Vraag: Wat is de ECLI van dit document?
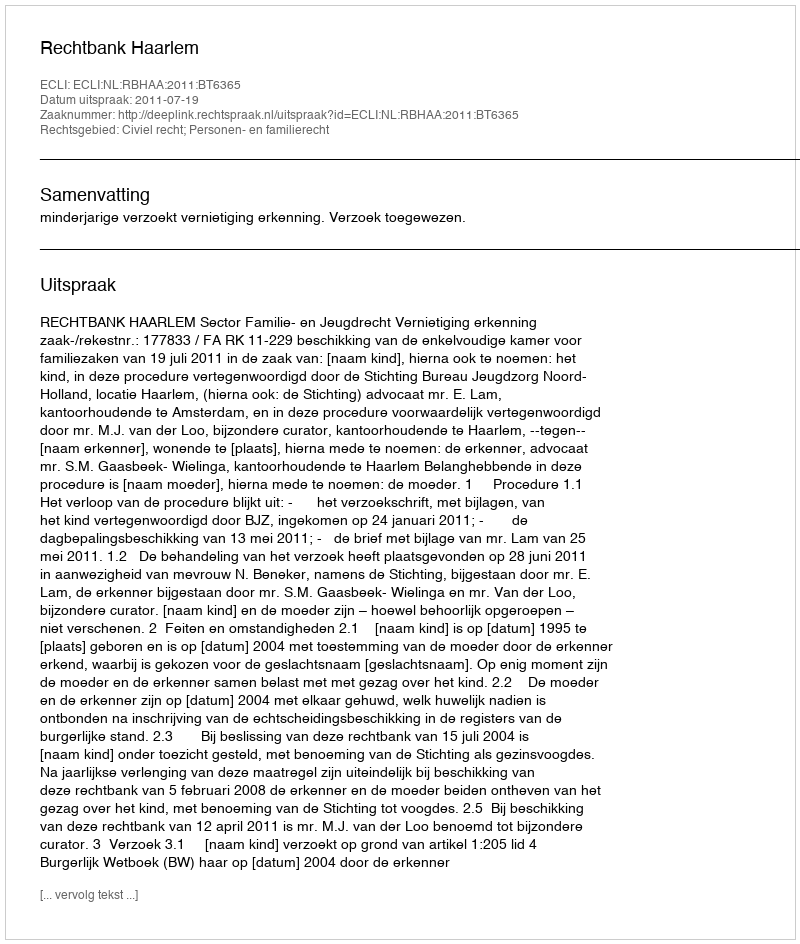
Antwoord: ECLI:NL:RBHAA:2011:BT6365